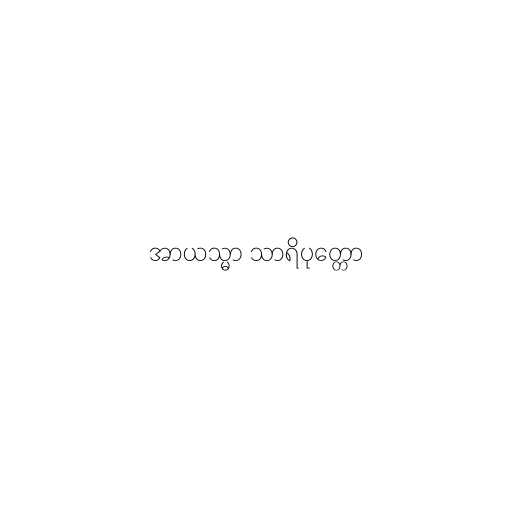
အာယသ္မာ သာရိပုတ္တော